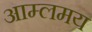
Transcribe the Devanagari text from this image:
आम्लमय